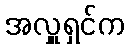
အလှူရှင်က